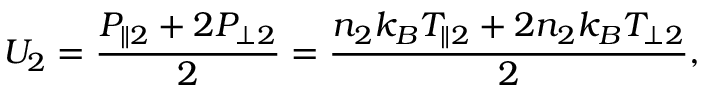
U _ { 2 } = \frac { P _ { \parallel 2 } + 2 P _ { \perp 2 } } { 2 } = \frac { n _ { 2 } k _ { B } T _ { \parallel 2 } + 2 n _ { 2 } k _ { B } T _ { \perp 2 } } { 2 } ,